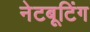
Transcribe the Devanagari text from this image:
नेटबूटिंग